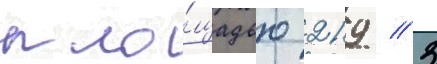
пло́щадью 219 / 3